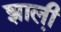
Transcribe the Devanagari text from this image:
झाली़